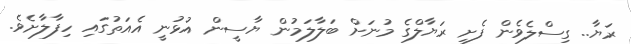
ރަޔާ.. ގިސްލެވެން ފެށި ރަޔާލްގެ މުނަށް ބަލާލަމުން ޔާސީން އުޅުނީ އެއަތުގައި ހިފާލާށެވެ.